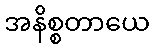
အနိစ္စတာယေ